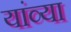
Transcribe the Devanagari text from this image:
यांव्या